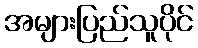
အများပြည်သူပိုင်